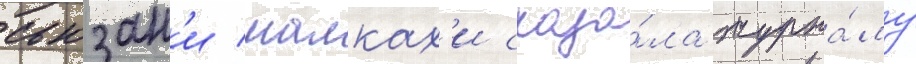
сьюзан'и малках'и сказа́ла журна́лу